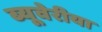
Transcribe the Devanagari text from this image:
ब्‍यूवेरीया